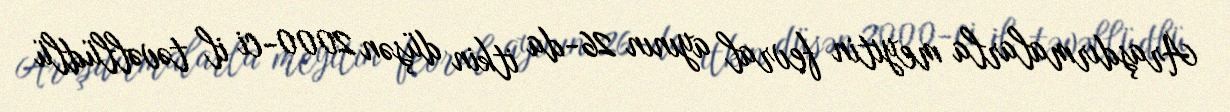
Araşdırmalarla meyitin fevral ayının 26-da itkin düşən 2000-ci il təvəllüdlü